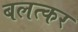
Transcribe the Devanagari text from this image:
बलत्कर